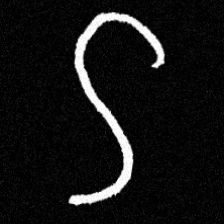
Pyu character \u2014 Myanmar letter: ဌ (romanized: ttha)